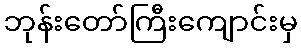
ဘုန်းတော်ကြီးကျောင်းမှ